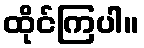
ထိုင်ကြပါ။